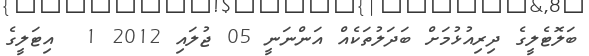
ބަލޮޓެލީގެ ދިރިއުޅުމަށް ބަދަލުތަކެއް އަންނަނީ 05 ޖުލައި 2012 1  އިޓަލީގެ